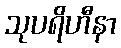
သုပရိဟီနာ